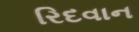
રિદવાન